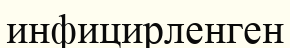
инфицирленген